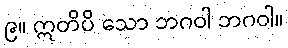
၉။ ဣတိပိ သော ဘဂဝါ ဘဂဝါ။